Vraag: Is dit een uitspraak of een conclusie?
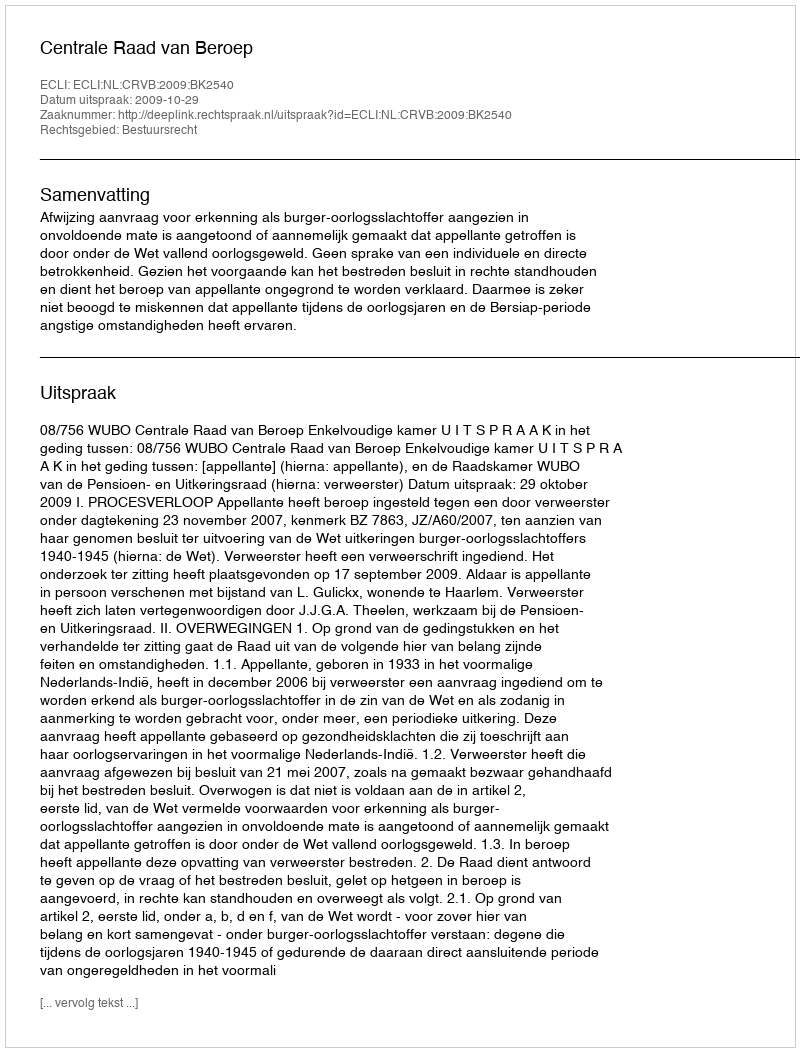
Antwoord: Uitspraak